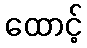
ထောင့်